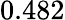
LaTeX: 0.482